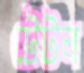
টেটন